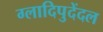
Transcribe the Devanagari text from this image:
ग्लादिपुदेंदल